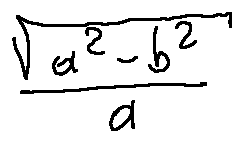
\frac { \sqrt { a ^ { 2 } - b ^ { 2 } } } { a }